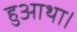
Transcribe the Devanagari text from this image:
हुआथा।